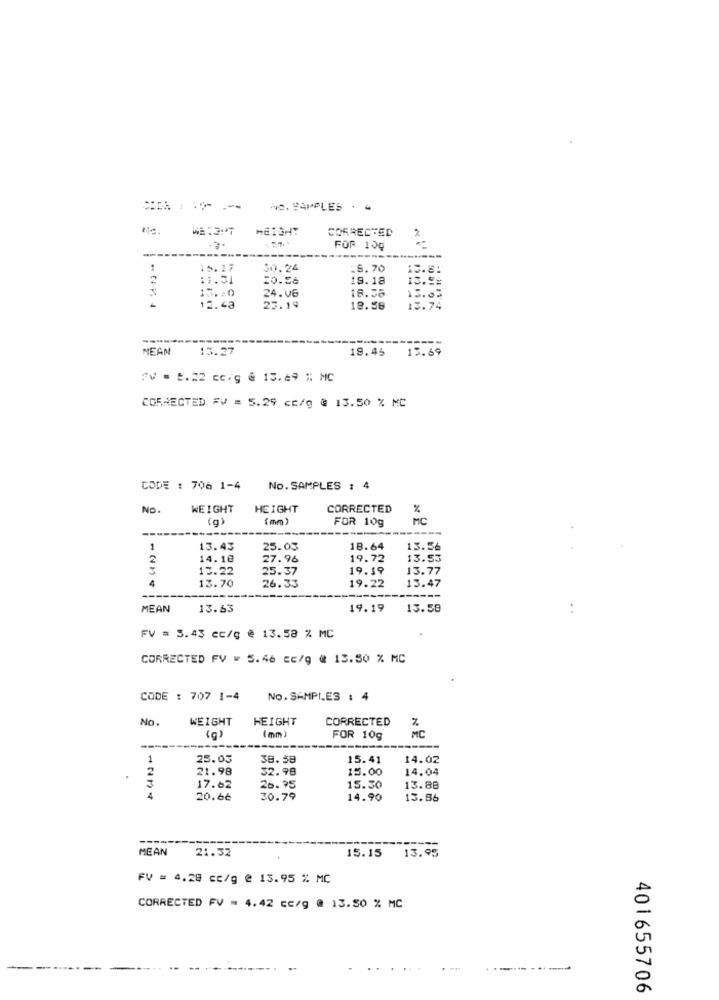
NO. PAPPLES . .
WE :2:T
HEIGHT
CORRECTED
FOR 10g
---
15. 17
$0.24
.S.70
11.31
20.56
19.18
13 .==
18.56
13.03
15,20
24.06
13.40
23.19
19.58
13.74
NEAN
13.27
19.45
13.69
"V = 5.22 cc.g @ 15.49 % MC
CORRECTED FV = 5.29 cc/g @ 13.50 % MC
CODE : 706 1-4
No. SAMPLES : 4
No.
WEIGHT
HEIGHT
CORRECTED
%
(mm)
FOR 10g
MC
---
1
13.43
25.03
18.64
13.56
2
14.18
27.96
19.72
13.53
13.22
25.37
19.19
13.77
4
13.70
26.33
19.22
13.47
---
MEAN
13.63
19.19
13.58
. .
FV = 5.43 cc/g @ 13.58 % MC
CORRECTED FV = 5.46 cc/g @ 13.50 % MC
CODE : 707 1-4
No. SAMPLES : 4
No
WEIGHT
HEIGHT
CORRECTED
(g)
(mm)
FOR 10g
MC
1
25.03
38.59
15.41
14.02
2
21.98
32.98
15.00
14.04
17.62
26.95
15.30
13.88
4
20.66
30.79
14.90
13.86
------
MEAN
21.32
15.15 13.95
FV = 4.28 cc/g @ 13.95 % MC
CORRECTED FV = 4.42 cc/g @ 13.50 % MC
401655706